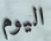
اليوم